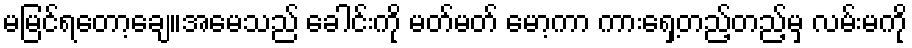
မမြင်ရတော့ချေ။အမေသည် ခေါင်းကို မတ်မတ် မော့ကာ ကားရှေ့တည့်တည့်မှ လမ်းမကို